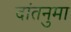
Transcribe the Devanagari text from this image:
दांतनुमा